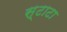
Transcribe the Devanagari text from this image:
स्टाटा